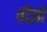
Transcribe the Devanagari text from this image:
वीज़ो